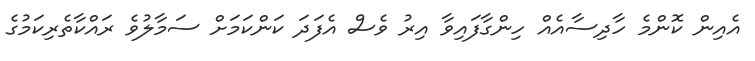
އެއިން ކޮންމެ ހާދިސާއެއް ހިންގާފައިވާ އިރު ވެސް އެފަދަ ކަންކަމަށް ސަމާލުވެ ރައްކާތެރިކަމުގެ